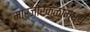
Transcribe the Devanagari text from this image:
मार्जारकुळामध्ये